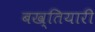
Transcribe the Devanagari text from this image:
बख्तियारी